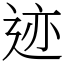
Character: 迹